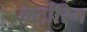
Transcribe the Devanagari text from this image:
कर्टोरिम